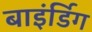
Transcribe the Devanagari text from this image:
बाइंर्डिग